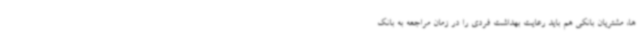
ها، مشتریان بانکی هم باید رعایت بهداشت فردی را در زمان مراجعه به بانک